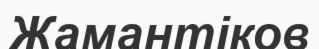
Жамантіков